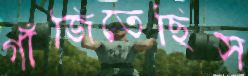
গাঁজিতেছিস